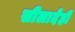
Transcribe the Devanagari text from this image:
सीलादेही